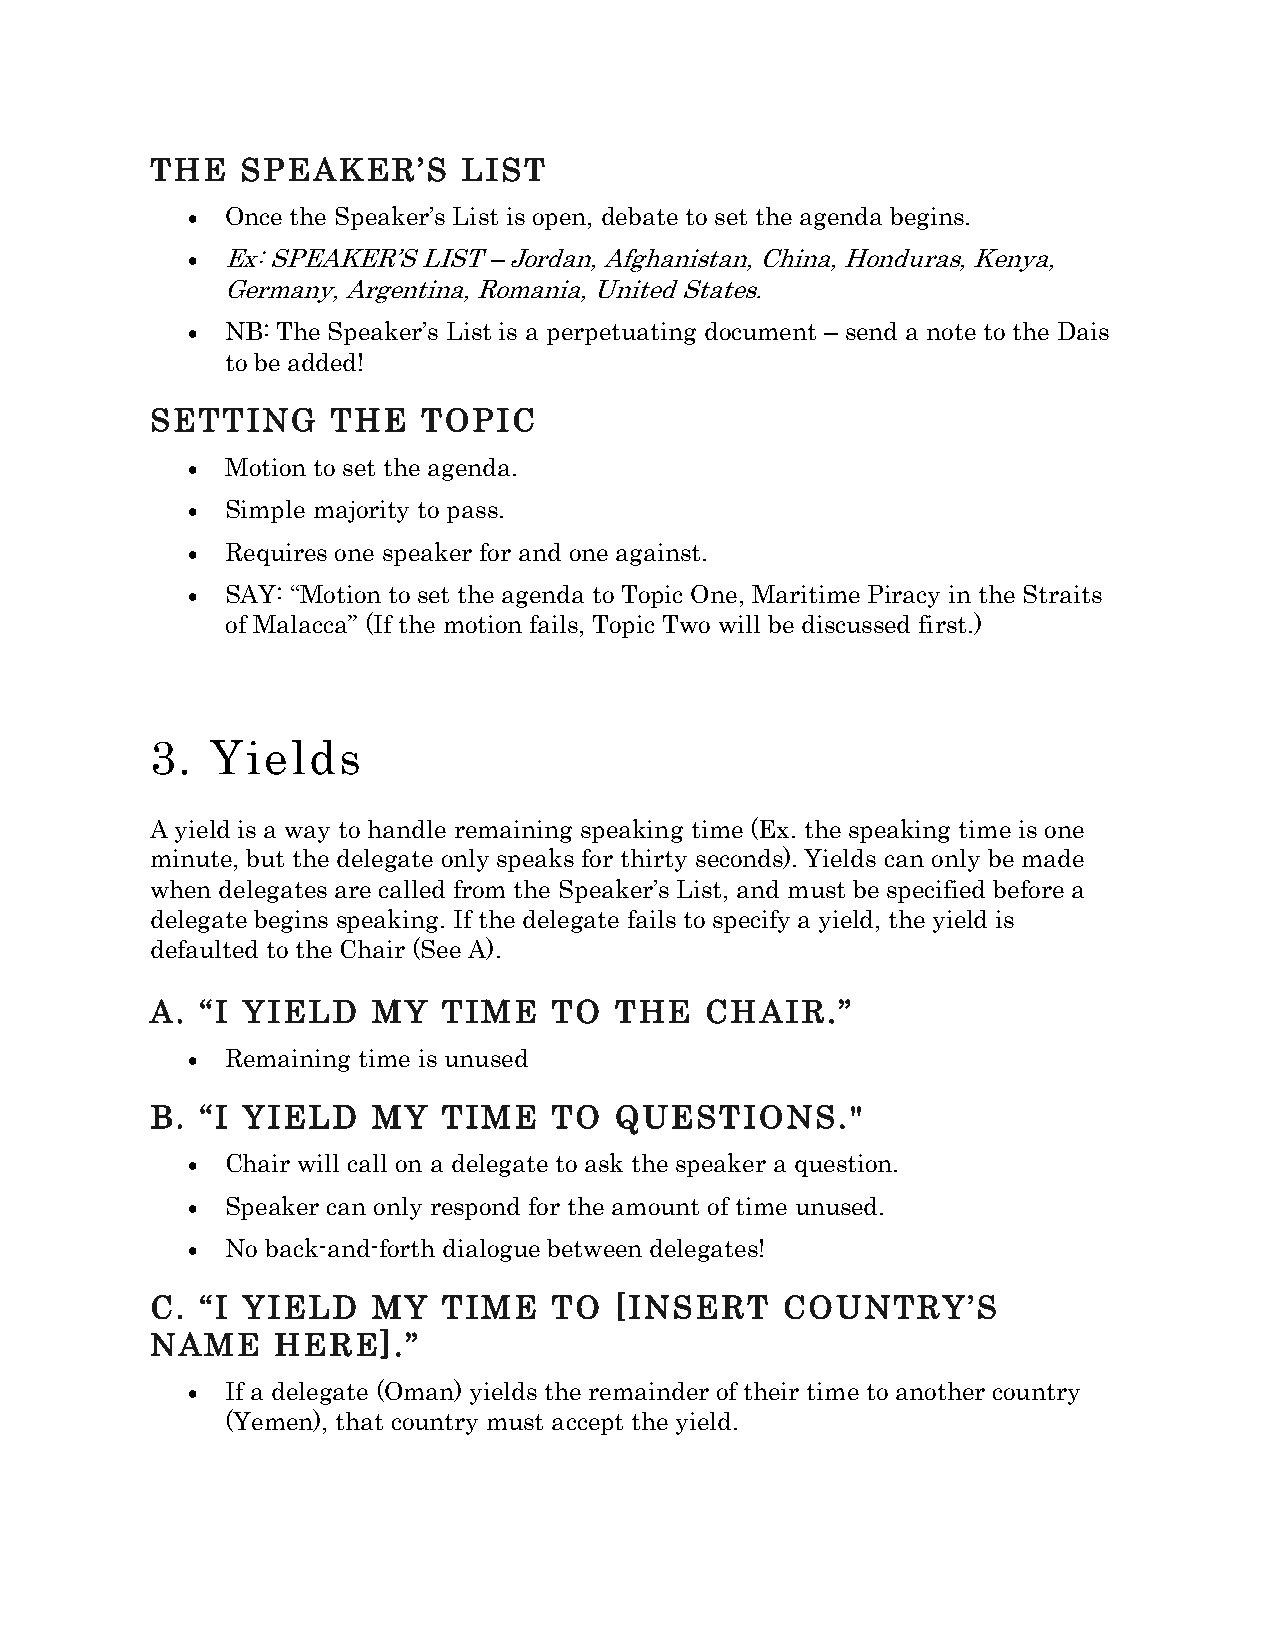
THE   SPEAKER’S      LIST
 •  Once the Speaker’s List is open, debate to set the agenda begins.
 •  Ex: SPEAKER’S LIST – Jordan, Afghanistan, China, Honduras, Kenya,
 Germany, Argentina, Romania, United States.
 •  NB: The Speaker’s List is a perpetuating document – send a note to the Dais
 to be added!
 SETTING     THE   TOPIC
 •  Motion to set the agenda.
 •  Simple majority to pass.
 •  Requires one speaker for and one against.
 •  SAY: “Motion to set the agenda to Topic One, Maritime Piracy in the Straits
 of Malacca” (If the motion fails, Topic Two will be discussed first.)
 3.  Yields
 A yield is a way to handle remaining speaking time (Ex. the speaking time is one
 minute, but the delegate only speaks for thirty seconds). Yields can only be made
 when delegates are called from the Speaker’s List, and must be specified before a
 delegate begins speaking. If the delegate fails to specify a yield, the yield is
 defaulted to the Chair (See A).
 A. “I YIELD    MY  TIME    TO  THE   CHAIR.”
 •  Remaining time is unused
 B. “I YIELD    MY  TIME    TO  QUESTIONS."
 •  Chair will call on a delegate to ask the speaker a question.
 •  Speaker can only respond for the amount of time unused.
 •  No back-and-forth dialogue between delegates!
 C. “I YIELD    MY  TIME    TO  [INSERT    COUNTRY’S
 NAME    HERE].”
 •  If a delegate (Oman) yields the remainder of their time to another country
 (Yemen), that country must accept the yield.